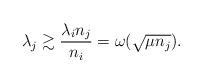
LaTeX: \begin{align*} \lambda_j \gtrsim \frac{\lambda_i n_j}{n_i} = \omega(\sqrt{\mu n_j}). \end{align*}